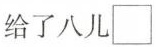
给了八儿\square